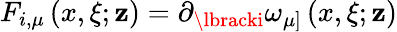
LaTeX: F_{i,\mu}\left(x,\xi;\mathbf{z}\right)=\partial_{\lbracki}\omega_{\mu]}\left(x,\xi;\mathbf{z}\right)